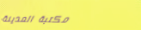
مكتبة المدينة